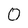
Character: 0